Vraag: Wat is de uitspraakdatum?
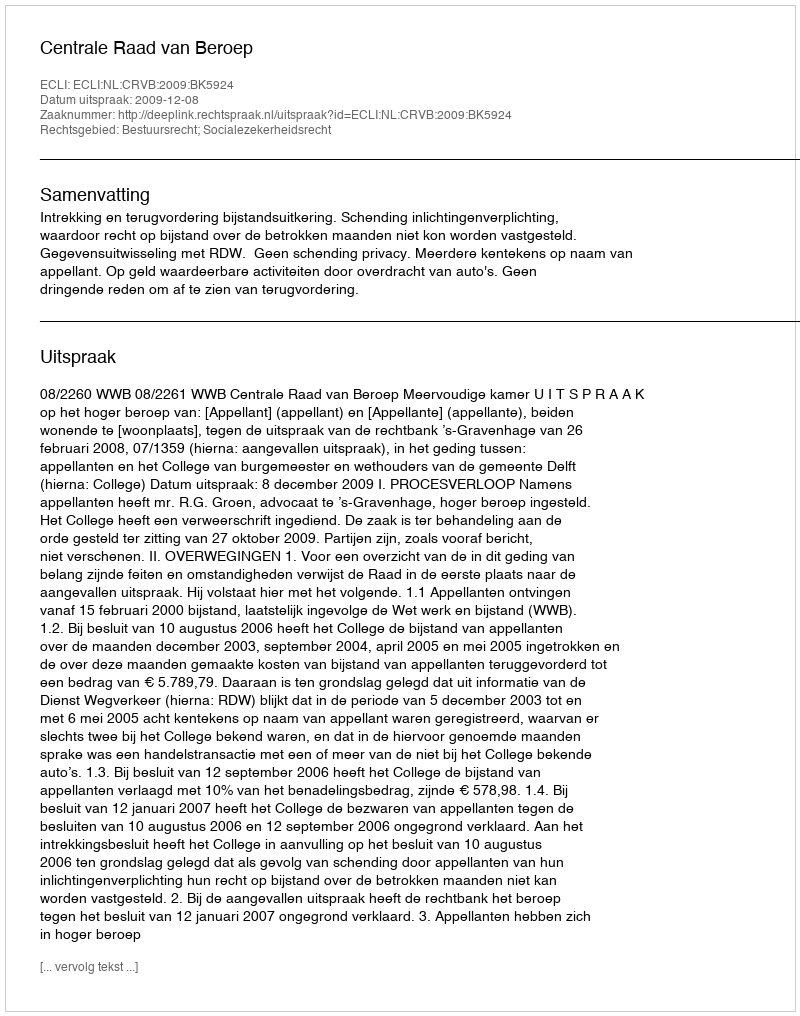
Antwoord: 2009-12-08